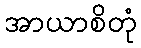
အာယာစိတုံ